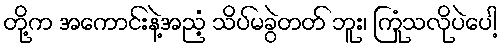
တို့က အကောင်းနဲ့အညံ့ သိပ်မခွဲတတ် ဘူး၊ ကြုံသလိုပဲပေါ့